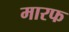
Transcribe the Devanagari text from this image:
मारफ